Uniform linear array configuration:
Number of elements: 4
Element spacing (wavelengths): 0.5
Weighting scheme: cosine
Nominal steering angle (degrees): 60
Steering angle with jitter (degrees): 58.881
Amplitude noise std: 0.05
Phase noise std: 0.05

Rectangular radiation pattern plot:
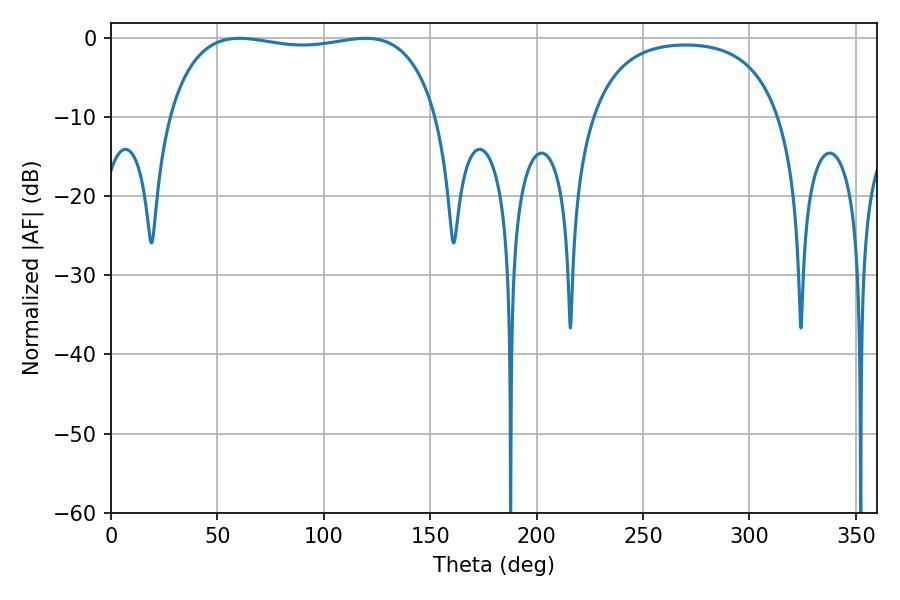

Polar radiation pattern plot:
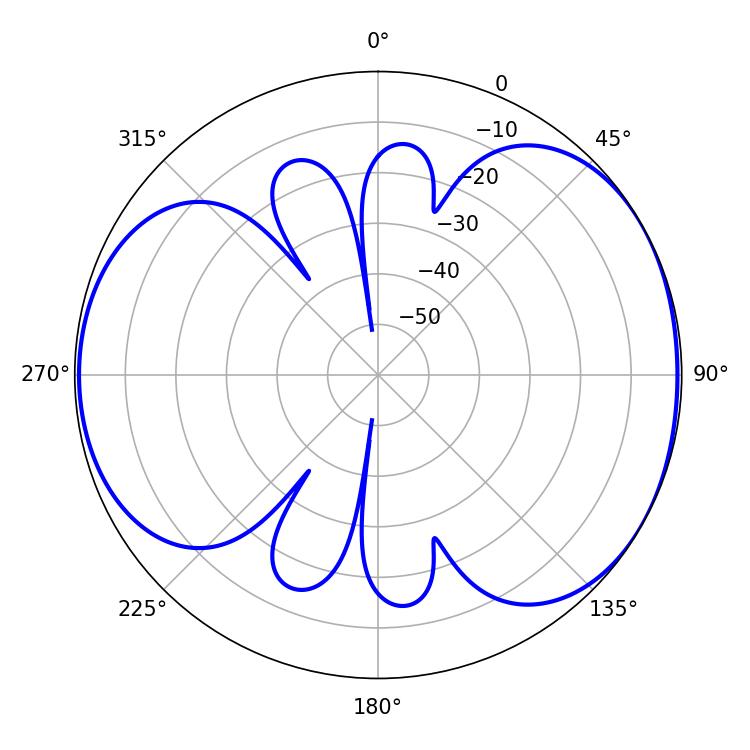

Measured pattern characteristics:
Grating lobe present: FALSE
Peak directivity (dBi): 5.009
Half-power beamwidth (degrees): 101.88
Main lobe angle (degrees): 60.3